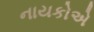
નાયકોએ